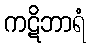
ကဋိဘာရံ